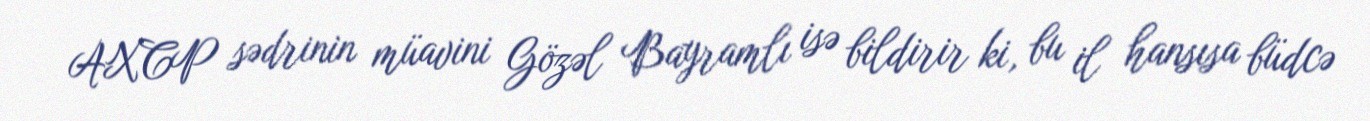
AXCP sədrinin müavini Gözəl Bayramlı isə bildirir ki, bu il hansısa büdcə